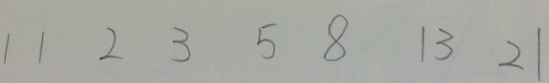
1 1 2 3 5 8 1 3 2 1